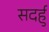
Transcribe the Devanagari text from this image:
सदर्हु